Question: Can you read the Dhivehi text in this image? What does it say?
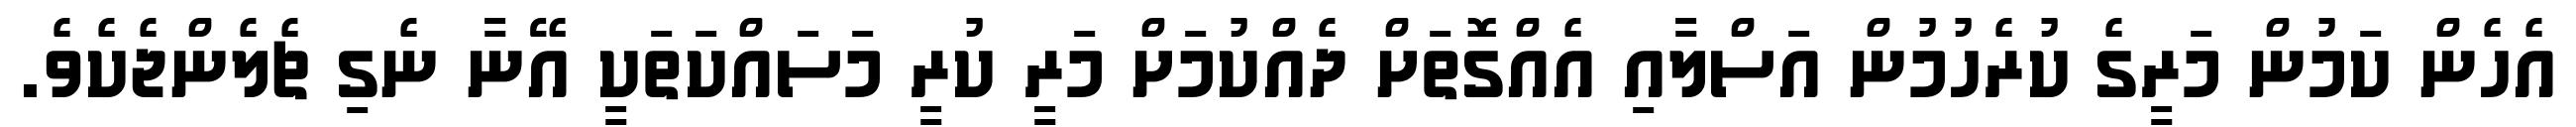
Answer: އެހެން ކަމުން މަރީގެ ކުރެހުމުން އަސްލާއި އެއްގޮތަށް ދެއްކުމަށް މަރީ ކުރީ މަސައްކަތަކީ އޭނާ ނެގި ޗެލެންޖެކެވެ.